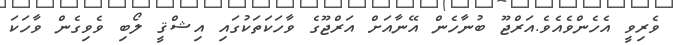
ވެރިވީ އެހެންވެއެވެ.އަރްޖޫ ބުނާހެން އޭނާއަށް އަރްޖޫގެ ވާހަކަތަކުގައި އިޝްޤީ ލޯބި ވެވިގެން ވާހަކަ